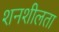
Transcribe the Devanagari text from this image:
शनशीलता